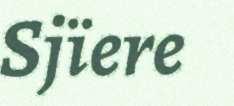
Sjïere